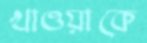
খাওয়াকে